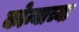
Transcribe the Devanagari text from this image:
कोन्याच्या